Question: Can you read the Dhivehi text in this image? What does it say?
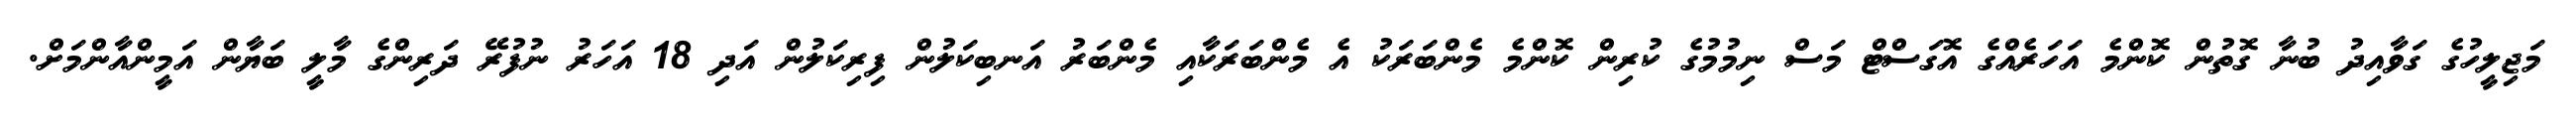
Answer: މަޖިލީހުގެ ގަވާއިދު ބުނާ ގޮތުން ކޮންމެ އަހަރެއްގެ އޮގަސްޓް މަސް ނިމުމުގެ ކުރިން ކޮންމެ މެންބަރަކު އެ މެންބަރަކާއި މެންބަރު އަނބިކަލުން ފިރިކަލުން އަދި 18 އަހަރު ނުފުރޭ ދަރިންގެ މާލީ ބަޔާން އަމީންއާންމަށް.